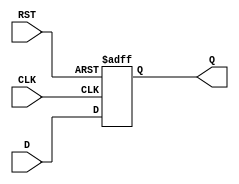
module dff_1bit (Q, D, RST, CLK);
	input CLK, RST, D;
	output reg Q;

	always @ (posedge CLK or negedge RST)
		begin
		if (!RST)
		Q <= 1'd0;
		else
		Q <= D;
	end
endmodule